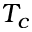
T _ { c }